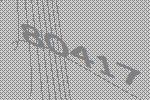
80417